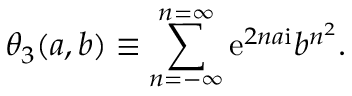
\theta _ { 3 } ( a , b ) \equiv \sum _ { n = - \infty } ^ { n = \infty } { { \mathrm { e } } } ^ { 2 n a { \mathrm { i } } } b ^ { n ^ { 2 } } .